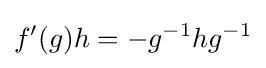
f'(g)h=-g^{-1}hg^{-1}